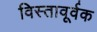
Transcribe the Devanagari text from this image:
विस्तावूर्वक